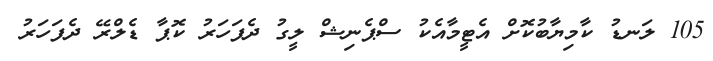
105 ލަނޑު ކާމިޔާބުކޮށް އެޓީމާއެކު ސްޕެނިޝް ލީގު ދެފަހަރު ކޮޕާ ޑެލްރޭ ދެފަހަރު